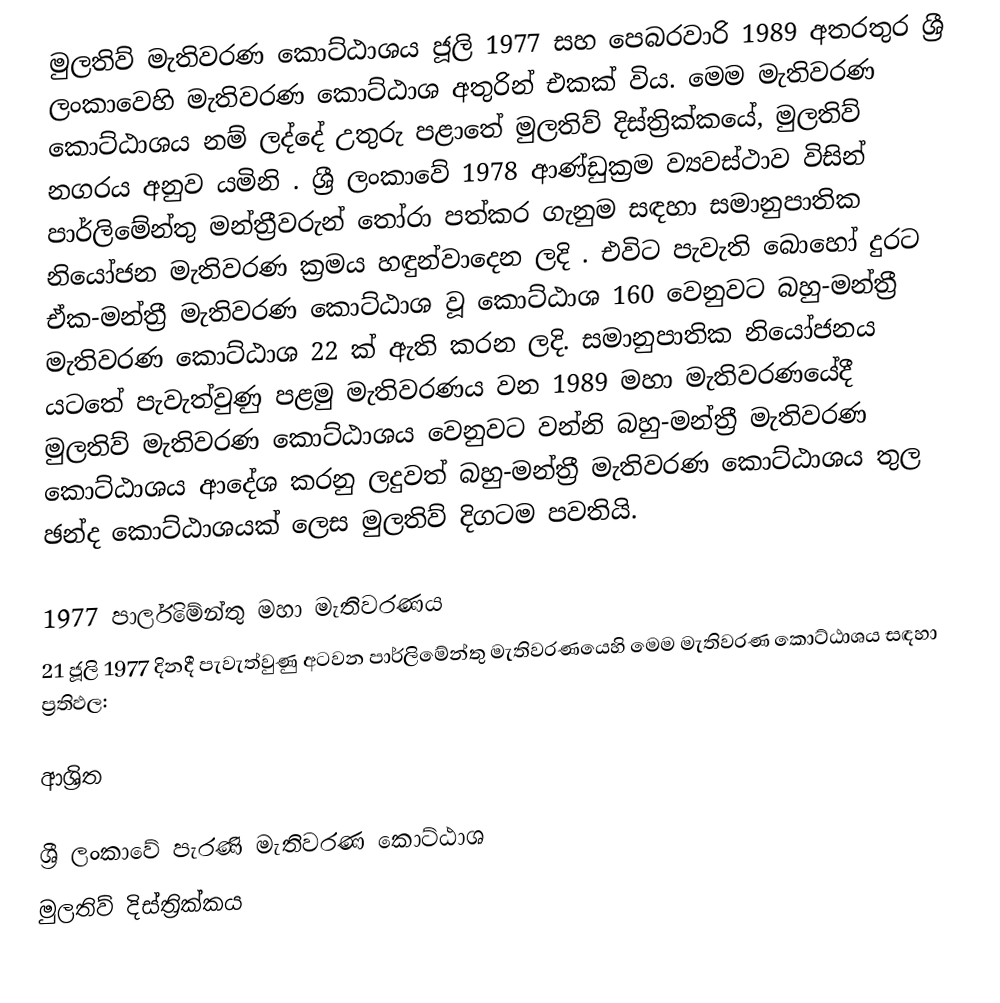
මුලතිව් මැතිවරණ කොට්ඨාශය  ජූලි 1977 සහ පෙබරවාරි 1989 අතරතුර  ශ්‍රී ලංකාවෙහි  මැතිවරණ කොට්ඨාශ අතුරින් එකක් විය. මෙම මැතිවරණ කොට්ඨාශය නම් ලද්දේ උතුරු පළාතේ  මුලතිව් දිස්ත්‍රික්කයේ,  මුලතිව් නගරය අනුව යමිනි . ශ්‍රී ලංකාවේ 1978 ආණ්ඩුක්‍රම ව්‍යවස්ථාව විසින්   පාර්ලිමේන්තු මන්ත්‍රීවරුන් තෝරා පත්කර ගැනුම සඳහා සමානුපාතික නියෝජන මැතිවරණ ක්‍රමය හඳුන්වාදෙන ලදි . එවිට පැවැති බොහෝ දුරට  ඒක-මන්ත්‍රී මැතිවරණ කොට්ඨාශ වූ කොට්ඨාශ 160 වෙනුවට බහු-මන්ත්‍රී මැතිවරණ කොට්ඨාශ 22 ක් ඇති කරන ලදි. සමානුපාතික නියෝජනය යටතේ පැවැත්වුණු  පළමු මැතිවරණය වන 1989 මහා මැතිවරණයේදී  මුලතිව් මැතිවරණ කොට්ඨාශය වෙනුවට  වන්නි බහු-මන්ත්‍රී මැතිවරණ කොට්ඨාශය  ආදේශ කරනු ලදුවත් බහු-මන්ත්‍රී මැතිවරණ කොට්ඨාශය තුල ඡන්ද කොට්ඨාශයක් ලෙස මුලතිව් දිගටම පවතියි.

1977 පාර්ලිමේන්තු මහා මැතිවරණය
21 ජූලි 1977 දිනදී පැවැත්වුණු   අටවන පාර්ලිමේන්තු මැතිවරණයෙහි මෙම මැතිවරණ කොට්ඨාශය සඳහා ප්‍රතිඵල:

ආශ්‍රිත

ශ්‍රී ලංකාවේ පැරණි මැතිවරණ කොට්ඨාශ
මුලතිව්  දිස්ත්‍රික්කය